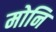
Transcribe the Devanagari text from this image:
मोनि